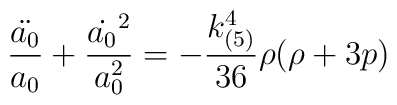
\frac{\ddot{a_0}}{a_0}+\frac{\dot{a_0}^2}{a_0^2}=-\frac{k^4_{(5)}}{36}\rho(\rho+3p)